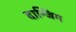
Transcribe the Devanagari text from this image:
दान्जिग